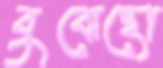
বুঝেছো